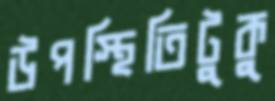
উপস্থিতিটুকু